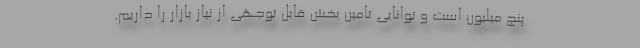
پنج میلیون است و توانایی تامین بخش قابل توجهی از نیاز بازار را داریم.